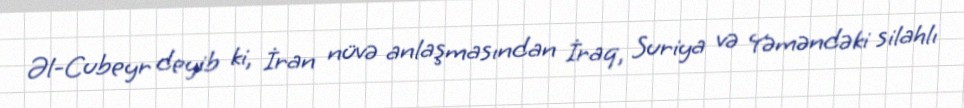
Əl-Cubeyr deyib ki, İran nüvə anlaşmasından İraq, Suriya və Yəməndəki silahlı